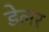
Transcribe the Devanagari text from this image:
डेलर